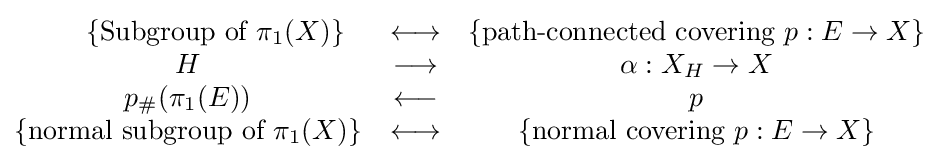
{\begin{matrix}\qquad \displaystyle \{{\text{Subgroup of }}\pi _{1}(X)\}&\longleftrightarrow &\displaystyle \{{\text{path-connected covering  }}p:E\rightarrow X\}\\H&\longrightarrow &\alpha :X_{H}\rightarrow X\\p_{\#}(\pi _{1}(E))&\longleftarrow &p\\\displaystyle \{{\text{normal subgroup of }}\pi _{1}(X)\}&\longleftrightarrow &\displaystyle \{{\text{normal covering }}p:E\rightarrow X\}\end{matrix}}